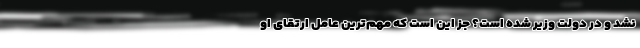
نشد و در دولت وزیر شده است؟ جز این است که مهم‌ترین عامل ارتقای او